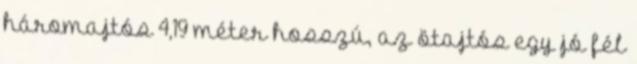
háromajtós 4,19 méter hosszú, az ötajtós egy jó fél